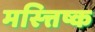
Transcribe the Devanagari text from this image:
मस्त्तिष्क